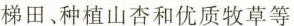
梯田、种植山杏和优质牧草等